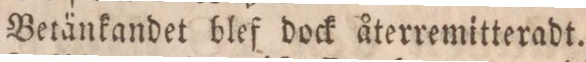
Betänkandet blef dock återremitteradt.